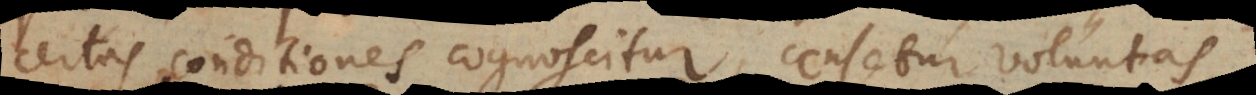
certas conditiones cognoscitur, censetur voluntas